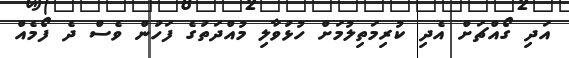
އަދި ގޯއްޗަށް އެދި ކުރިމަތިލުމަށް ހުޅުވާލި މުއްދަތުގެ ފަހުން ވެސް ދެ ފޯމެއް